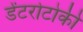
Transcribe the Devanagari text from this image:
डेंटरोटोकी